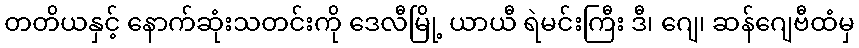
တတိယနှင့် နောက်ဆုံးသတင်းကို ဒေလီမြို့ ယာယီ ရဲမင်းကြီး ဒီ၊ ဂျေ၊ ဆန်ဂျေဗီထံမှ